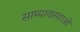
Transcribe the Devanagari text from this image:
साम्यावस्थाओं